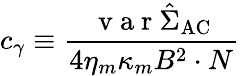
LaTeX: c_{\gamma}\equiv\frac{\mathrm{~v~a~r~}\hat{\Sigma}_{\mathrm{AC}}}{4\eta_{m}\kappa_{m}B^{2}\cdot N}